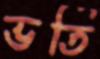
ভর্তি